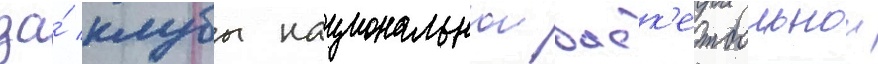
за́ клубы национальнои баск'етбольнои